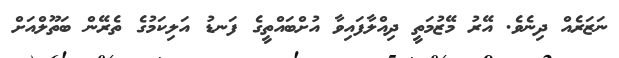
ނަޒަރެއް ދިނެވެ. އޭރު މޭޒުމަތީ ދިއްލާފައިވާ އުށްބައްތީގެ ފަނޑު އަލިކަމުގެ ތެރޭން ބަތޫލްއަށް